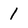
Character: 1